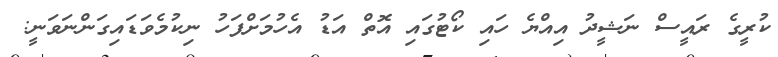
ކުރީގެ ރައީސް ނަޝީދު އިއްޔެ ހައި ކޯޓުގައި އޮތް އަޑު އެހުމަށްފަހު ނިކުމެވަޑައިގަންނަވަނީ: